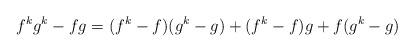
LaTeX: \begin{align*} f^k g^k-f g= (f^k-f)(g^k-g)+(f^k-f) g+f(g^k-g) \end{align*}